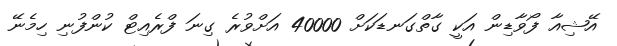
އޭޝިއާ ފޯވާޑިން އަކީ ގާތްގަނޑަކަށް 40000 އަށްވުރެ ގިނަ ފްރެއިޓް ކުންފުނި ހިމެނޭ